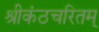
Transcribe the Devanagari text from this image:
श्रीकंठचरितम्‌